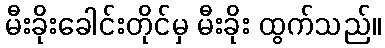
မီးခိုးခေါင်းတိုင်မှ မီးခိုး ထွက်သည်။